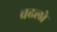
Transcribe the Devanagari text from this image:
चढलो